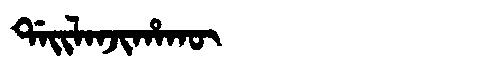
Manchu: ᡩᠠᡳᠯᠠᠨᠵᡳᡥᠠᡴᡡ
Romanization: DAILANJIHAKŪ